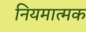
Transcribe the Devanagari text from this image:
नियमात्मक